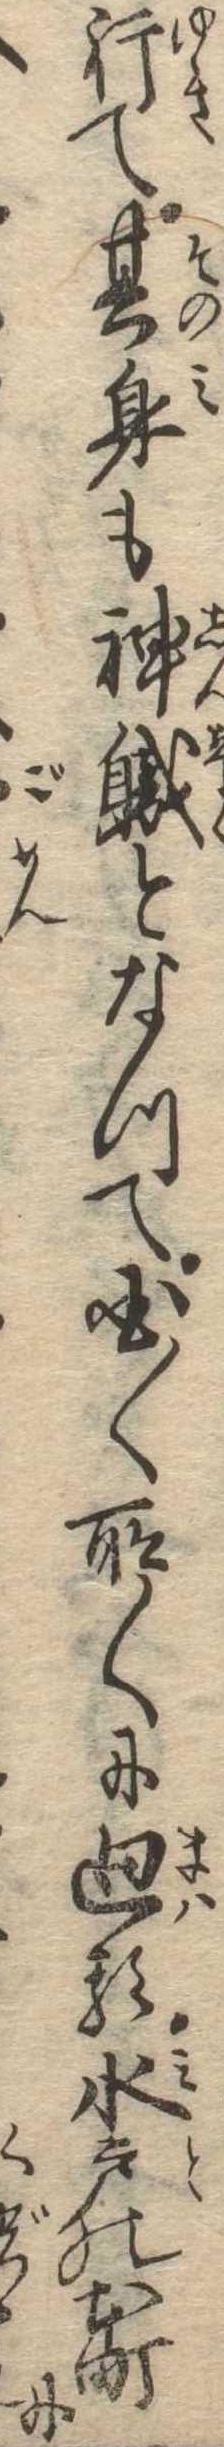
行て其身も神職となつて国〱所〱に廻る水戸の本町に